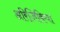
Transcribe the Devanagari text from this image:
अरिजिकिया